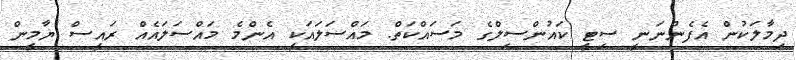
ދިމާލަކުން އެފެންނަނީ ސިޓީ ކައުންސިލްގެ މަސައްކަތް. މައްސަލައަކީ އެންމެ މައްސަލައެއް ރައީސް ޔާމީން